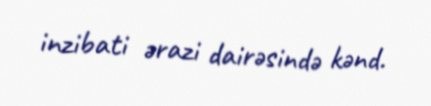
inzibati ərazi dairəsində kənd.